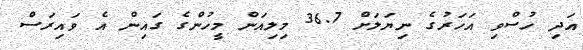
އަދި ހުސްވި އަހަރުގެ ނިޔަލަށް 36.7 މިލިއަން މީހުންގެ ގައިން އެ ވައިރަސް